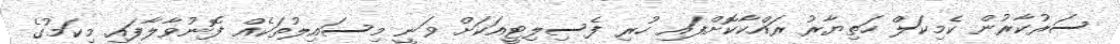
ސަރުކާރުން ކެމިކަލް ހަތިޔާރު ރައްކާކޮށްފައި ހުރި ފެސިލިޓީއަކަށް ވަނީ މިސައިލުތަކެއް ފޮނުވާލާފައި. މިކަމުގެ